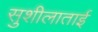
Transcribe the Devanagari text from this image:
सुशीलाताई